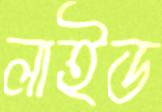
লাইড